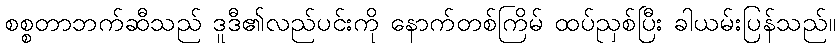
စစ္စတာဘက်ဆီသည် ဒူဒီ၏လည်ပင်းကို နောက်တစ်ကြိမ် ထပ်ညှစ်ပြီး ခါယမ်းပြန်သည်။